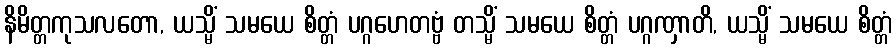
နိမိတ္တကုသလတော, ယသ္မိံ သမယေ စိတ္တံ ပဂ္ဂဟေတဗ္ဗံ တသ္မိံ သမယေ စိတ္တံ ပဂ္ဂဏှာတိ, ယသ္မိံ သမယေ စိတ္တံ